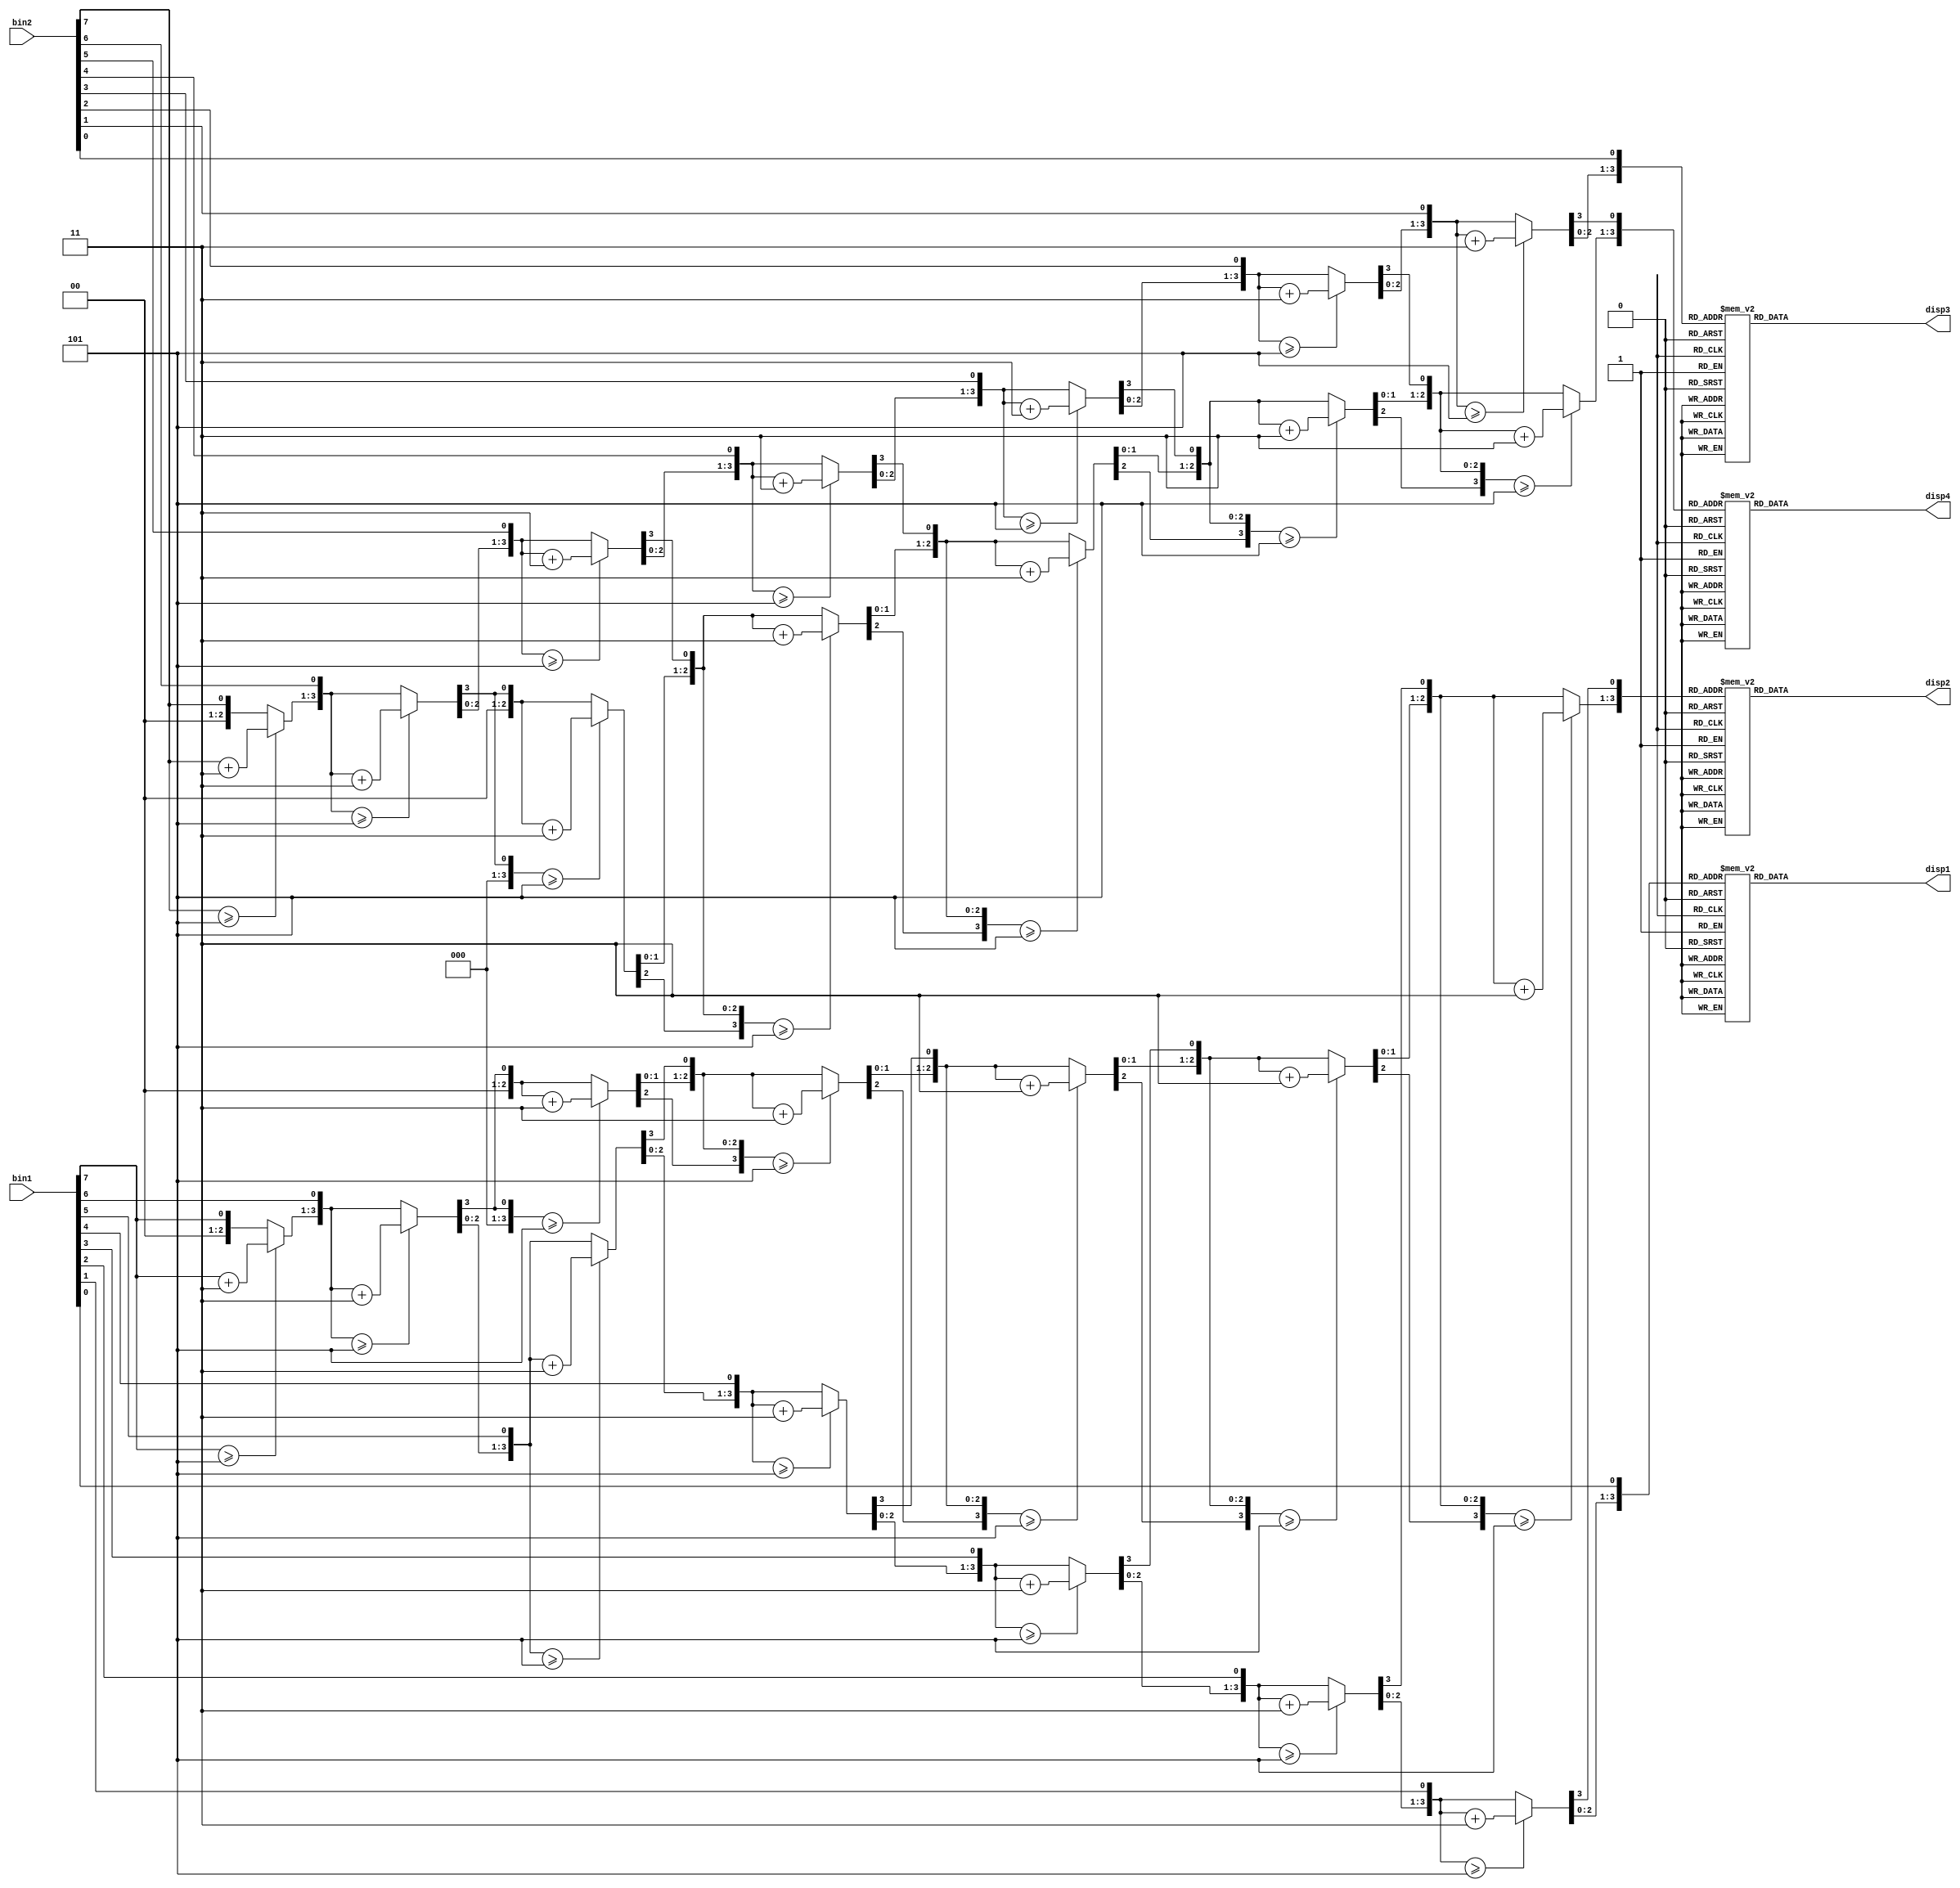
`timescale 1ns / 1ps
//////////////////////////////////////////////////////////////////////////////////
// Company: 
// Engineer: 
// 
// Design Name: 
// Module Name: bcd
// Project Name: 
// Target Devices: 
// Tool Versions: 
// Description: 
//
// Dependencies: 
// 
// Revision:
// Revision 0.01 - File Created
// Additional Comments:
// 
//////////////////////////////////////////////////////////////////////////////////


module bcd(
        input [7:0] bin1,
        input [7:0] bin2,
        output reg [7:0] disp2,
        output reg [7:0] disp1,
        output reg [7:0] disp4,
        output reg [7:0] disp3
    );
    
        //    A
    //   ---
    // F\   \ B
    //   -G-
    // E\ D \ C
    //   ---        
    //0(low) -> on,  1(high) -> off
    parameter a = 8'b11111110;
    parameter b = 8'b11111101;
    parameter c = 8'b11111011;
    parameter d = 8'b11110111;
    parameter e = 8'b11101111;
    parameter f = 8'b11011111;
    parameter g = 8'b10111111;
    
    //numbers & binary equivalent
    parameter zero = a & b & c & d & e & f;
    parameter one = b & c;
    parameter two = a & b & g & e & d;
    parameter three = a & b & g & c & d;
    parameter four = f & g & b & c;
    parameter five = a & f & g & c & d;
    parameter six = a & f & e & d & c & g;
    parameter seven = a & b & c;
    parameter eight = a & b & c & d & e & f & g;
    parameter nine = a & b & c & d & f & g;
    
    parameter b0 = 4'b0000;
    parameter b1 = 4'b0001;
    parameter b2 = 4'b0010;
    parameter b3 = 4'b0011;
    parameter b4 = 4'b0100;
    parameter b5 = 4'b0101;
    parameter b6 = 4'b0110;
    parameter b7 = 4'b0111;
    parameter b8 = 4'b1000;
    parameter b9 = 4'b1001;
    
    reg [3:0] tens1;
    reg [3:0] ones1;
    reg [3:0] tens2;
    reg [3:0] ones2;
        
    integer i;
    integer x;
    always @(bin1, disp1, disp2) begin
        tens1 = 4'd0;
        ones1 = 4'd0;
        
        for(i = 7; i >= 0; i = i - 1) begin
            if(tens1 >= 5)
                tens1 = tens1 + 3;
            if(ones1 >= 5)
                ones1 = ones1 + 3;
                
            tens1 = tens1 << 1;
            tens1[0] = ones1[3];
            ones1 = ones1 << 1;
            ones1[0] = bin1[i];
        end
        
        case(tens1)
            b0: disp2 <= zero;
            b1: disp2 <= one;
            b2: disp2 <= two;
            b3: disp2 <= three;
            b4: disp2 <= four;
            b5: disp2 <= five;
            b6: disp2 <= six;
            b7: disp2 <= seven;
            b8: disp2 <= eight;
            b9: disp2 <= nine;
            default: disp2 <= zero;
        endcase
        
        case(ones1)
            b0: disp1 <= zero;
            b1: disp1 <= one;
            b2: disp1 <= two;
            b3: disp1 <= three;
            b4: disp1 <= four;
            b5: disp1 <= five;
            b6: disp1 <= six;
            b7: disp1 <= seven;
            b8: disp1 <= eight;
            b9: disp1 <= nine;
            default: disp1 <= zero;
        endcase
    end
    
    always @(bin2, disp3, disp4) begin
            tens2 = 4'd0;
            ones2 = 4'd0;
            
            for(x = 7; x >= 0; x = x - 1) begin
                if(tens2 >= 5)
                    tens2 = tens2 + 3;
                if(ones2 >= 5)
                    ones2 = ones2 + 3;
                    
                tens2 = tens2 << 1;
                tens2[0] = ones2[3];
                ones2 = ones2 << 1;
                ones2[0] = bin2[x];
            end
            
            case(tens2)
                b0: disp4 <= zero;
                b1: disp4 <= one;
                b2: disp4 <= two;
                b3: disp4 <= three;
                b4: disp4 <= four;
                b5: disp4 <= five;
                b6: disp4 <= six;
                b7: disp4 <= seven;
                b8: disp4 <= eight;
                b9: disp4 <= nine;
                default: disp4 <= zero;
            endcase
            
            case(ones2)
                b0: disp3 <= zero;
                b1: disp3 <= one;
                b2: disp3 <= two;
                b3: disp3 <= three;
                b4: disp3 <= four;
                b5: disp3 <= five;
                b6: disp3 <= six;
                b7: disp3 <= seven;
                b8: disp3 <= eight;
                b9: disp3 <= nine;
                default: disp3 <= zero;
            endcase
        end
endmodule